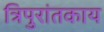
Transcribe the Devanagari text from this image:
त्रिपुरांतकाय